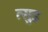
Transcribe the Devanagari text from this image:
त्सुइ